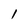
Character: I